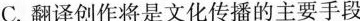
C.翻译创作将是文化传播的主要手段